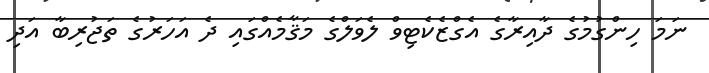
ނަމަ ހިންގުމުގެ ދާއިރާގެ އެގްޒެކެޓިވް ލެވަލްގެ މަޤާމެއްގައި ދެ އަހަރުގެ ތަޖުރިބާ އަދި